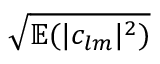
\sqrt { \mathbb { E } ( | c _ { l m } | ^ { 2 } ) }